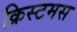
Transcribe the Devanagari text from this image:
क्रिस्टमस